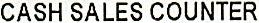
CASH SALES COUNTER